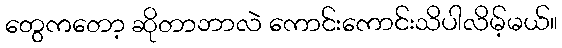
တွေကတော့ ဆိုတာဘာလဲ ကောင်းကောင်းသိပါလိမ့်မယ်။